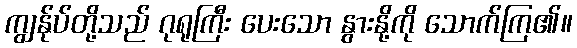
ကျွန်ုပ်တို့သည် ဂုရုကြီး ပေးသော နွားနို့ကို သောက်ကြ၏။